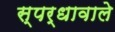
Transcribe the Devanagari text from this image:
स्पर्धावाले